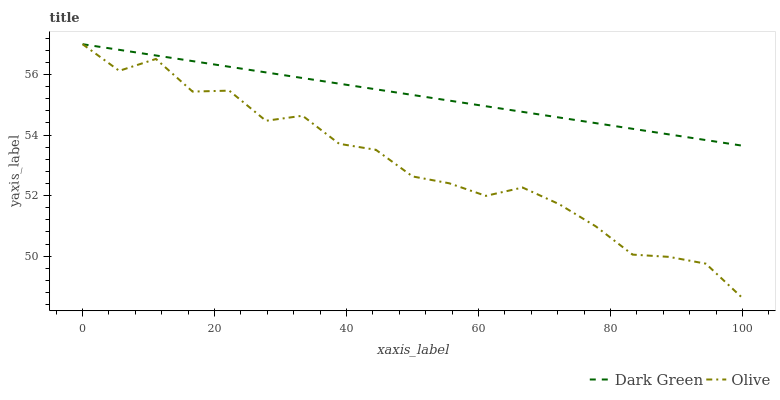
| xaxis_label | Dark Green | Olive |
 | --- | --- | --- |
 | 0 | 57 | 57 |
 | 5.56 | 56.8 | 56.1 |
 | 11.1 | 56.6 | 56.5 |
 | 16.7 | 56.4 | 55.4 |
 | 22.2 | 56.3 | 55.5 |
 | 27.8 | 56.1 | 54.5 |
 | 33.3 | 55.9 | 54.6 |
 | 38.9 | 55.7 | 53.7 |
 | 44.4 | 55.5 | 53.5 |
 | 50 | 55.3 | 52.6 |
 | 55.6 | 55.1 | 52.4 |
 | 61.1 | 55 | 52 |
 | 66.7 | 54.8 | 52.3 |
 | 72.2 | 54.6 | 51.7 |
 | 77.8 | 54.4 | 51 |
 | 83.3 | 54.2 | 50.1 |
 | 88.9 | 54 | 50 |
 | 94.4 | 53.8 | 49.8 |
 | 100 | 53.6 | 48.6 |